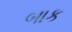
બાક